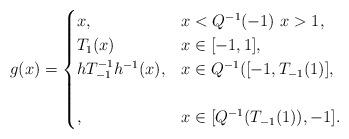
LaTeX: \begin{align*} g(x)= \begin{cases} x, & x<Q^{-1}(-1) \, \, x>1,\\ T_1(x) & x\in [-1,1], \\ h T_{-1}^{-1} h^{-1} (x), & x\in Q^{-1}([-1,T_{-1}(1)],\\ & \\ , & x\in [Q^{-1}(T_{-1}(1)), -1]. \end{cases}\end{align*}